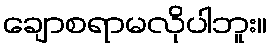
ချောစရာမလိုပါဘူး။